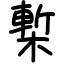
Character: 槧